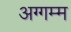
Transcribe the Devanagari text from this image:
अग्गम्म